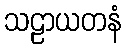
သဠာယတနံ